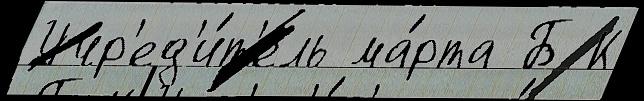
Учр'ед'и́т'ель ма́рта Б К